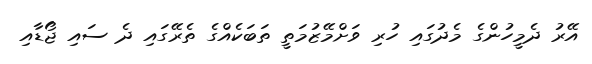
އޭރު ދެމީހުންގެ މެދުގައި ހުރި ވަށްމޭޒުމަތީ ތަބަކެއްގެ ތެރޭގައި ދެ ސައި ޖޯޑާއި